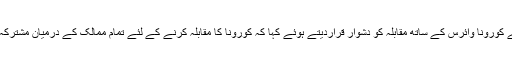
ونزوئلا کے صدر نے کورونا وائرس کے ساتھ مقابلہ کو دشوار قراردیتے ہوئے کہا کہ کورونا کا مقابلہ کرنے کے لئے تمام ممالک کے درمیان مشترکہ تعاون ضروری ہے۔